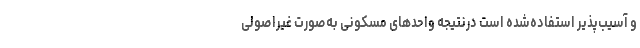
و آسیب‌پذیر استفاده‌شده است درنتیجه واحدهای مسکونی به‌صورت غیراصولی